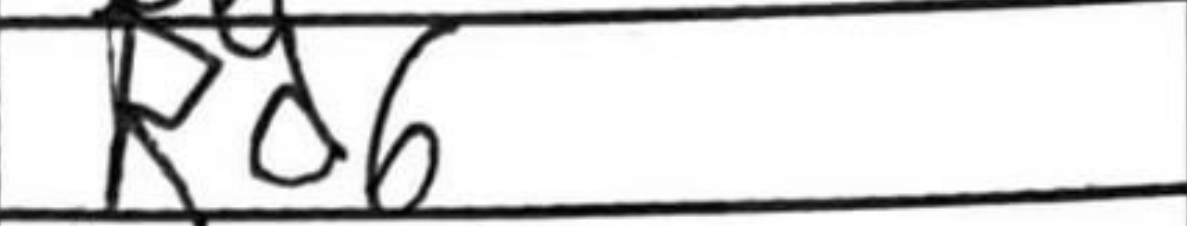
Transcription: Rd6